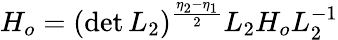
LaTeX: H_{o}=(\operatorname*{det}L_{2})^{\frac{\eta_{2}-\eta_{1}}{2}}L_{2}H_{o}L_{2}^{-1}